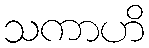
သကာဟိ